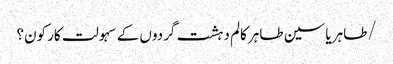
/طاہر یاسین طاہر	کالم	دہشت گردوں کے سہولت کار کون؟